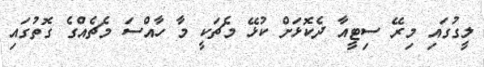
ލީގުގައި މިރޭ ސިޓީއާ ދެކޮޅަށް ކުޅޭ މެޗަކީ މާ ހާއްސަ މެޗެއްގެ ގޮތުގައި